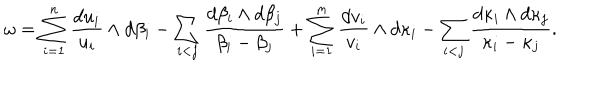
\omega = \sum _ { i = 1 } ^ { n } \frac { d u _ { i } } { u _ { i } } \wedge d \beta _ { i } - \sum _ { i < j } \frac { d \beta _ { i } \wedge d \beta _ { j } } { \beta _ { i } - \beta _ { j } } + \sum _ { i = 1 } ^ { m } \frac { d v _ { i } } { v _ { i } } \wedge d \kappa _ { i } - \sum _ { i < j } \frac { d \kappa _ { i } \wedge d \kappa _ { j } } { \kappa _ { i } - \kappa _ { j } } .